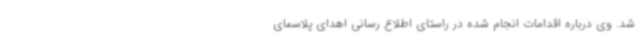
شد. وی درباره اقدامات انجام شده در راستای اطلاع رسانی اهدای پلاسمای